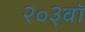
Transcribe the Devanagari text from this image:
२०३वॉ